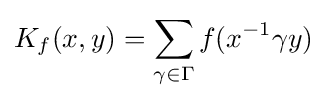
\displaystyle K_{f}(x,y)=\sum _{\gamma \in \Gamma }f(x^{-1}\gamma y)